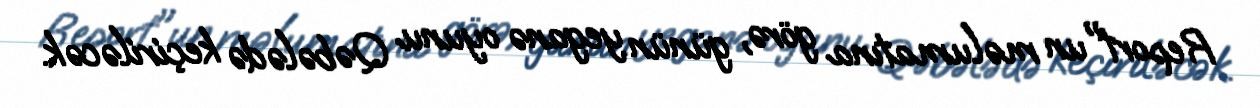
Report"un məlumatına görə, günün yeganə oyunu Qəbələdə keçiriləcək.